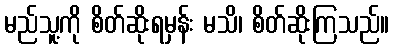
မည်သူ့ကို စိတ်ဆိုးရမှန်း မသိ၊ စိတ်ဆိုးကြသည်။